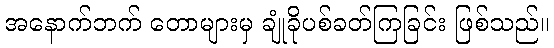
အနောက်ဘက် တောများမှ ချုံခိုပစ်ခတ်ကြခြင်း ဖြစ်သည်။